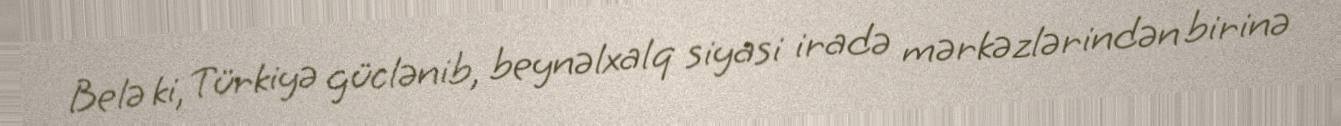
Belə ki, Türkiyə güclənib, beynəlxalq siyasi iradə mərkəzlərindən birinə